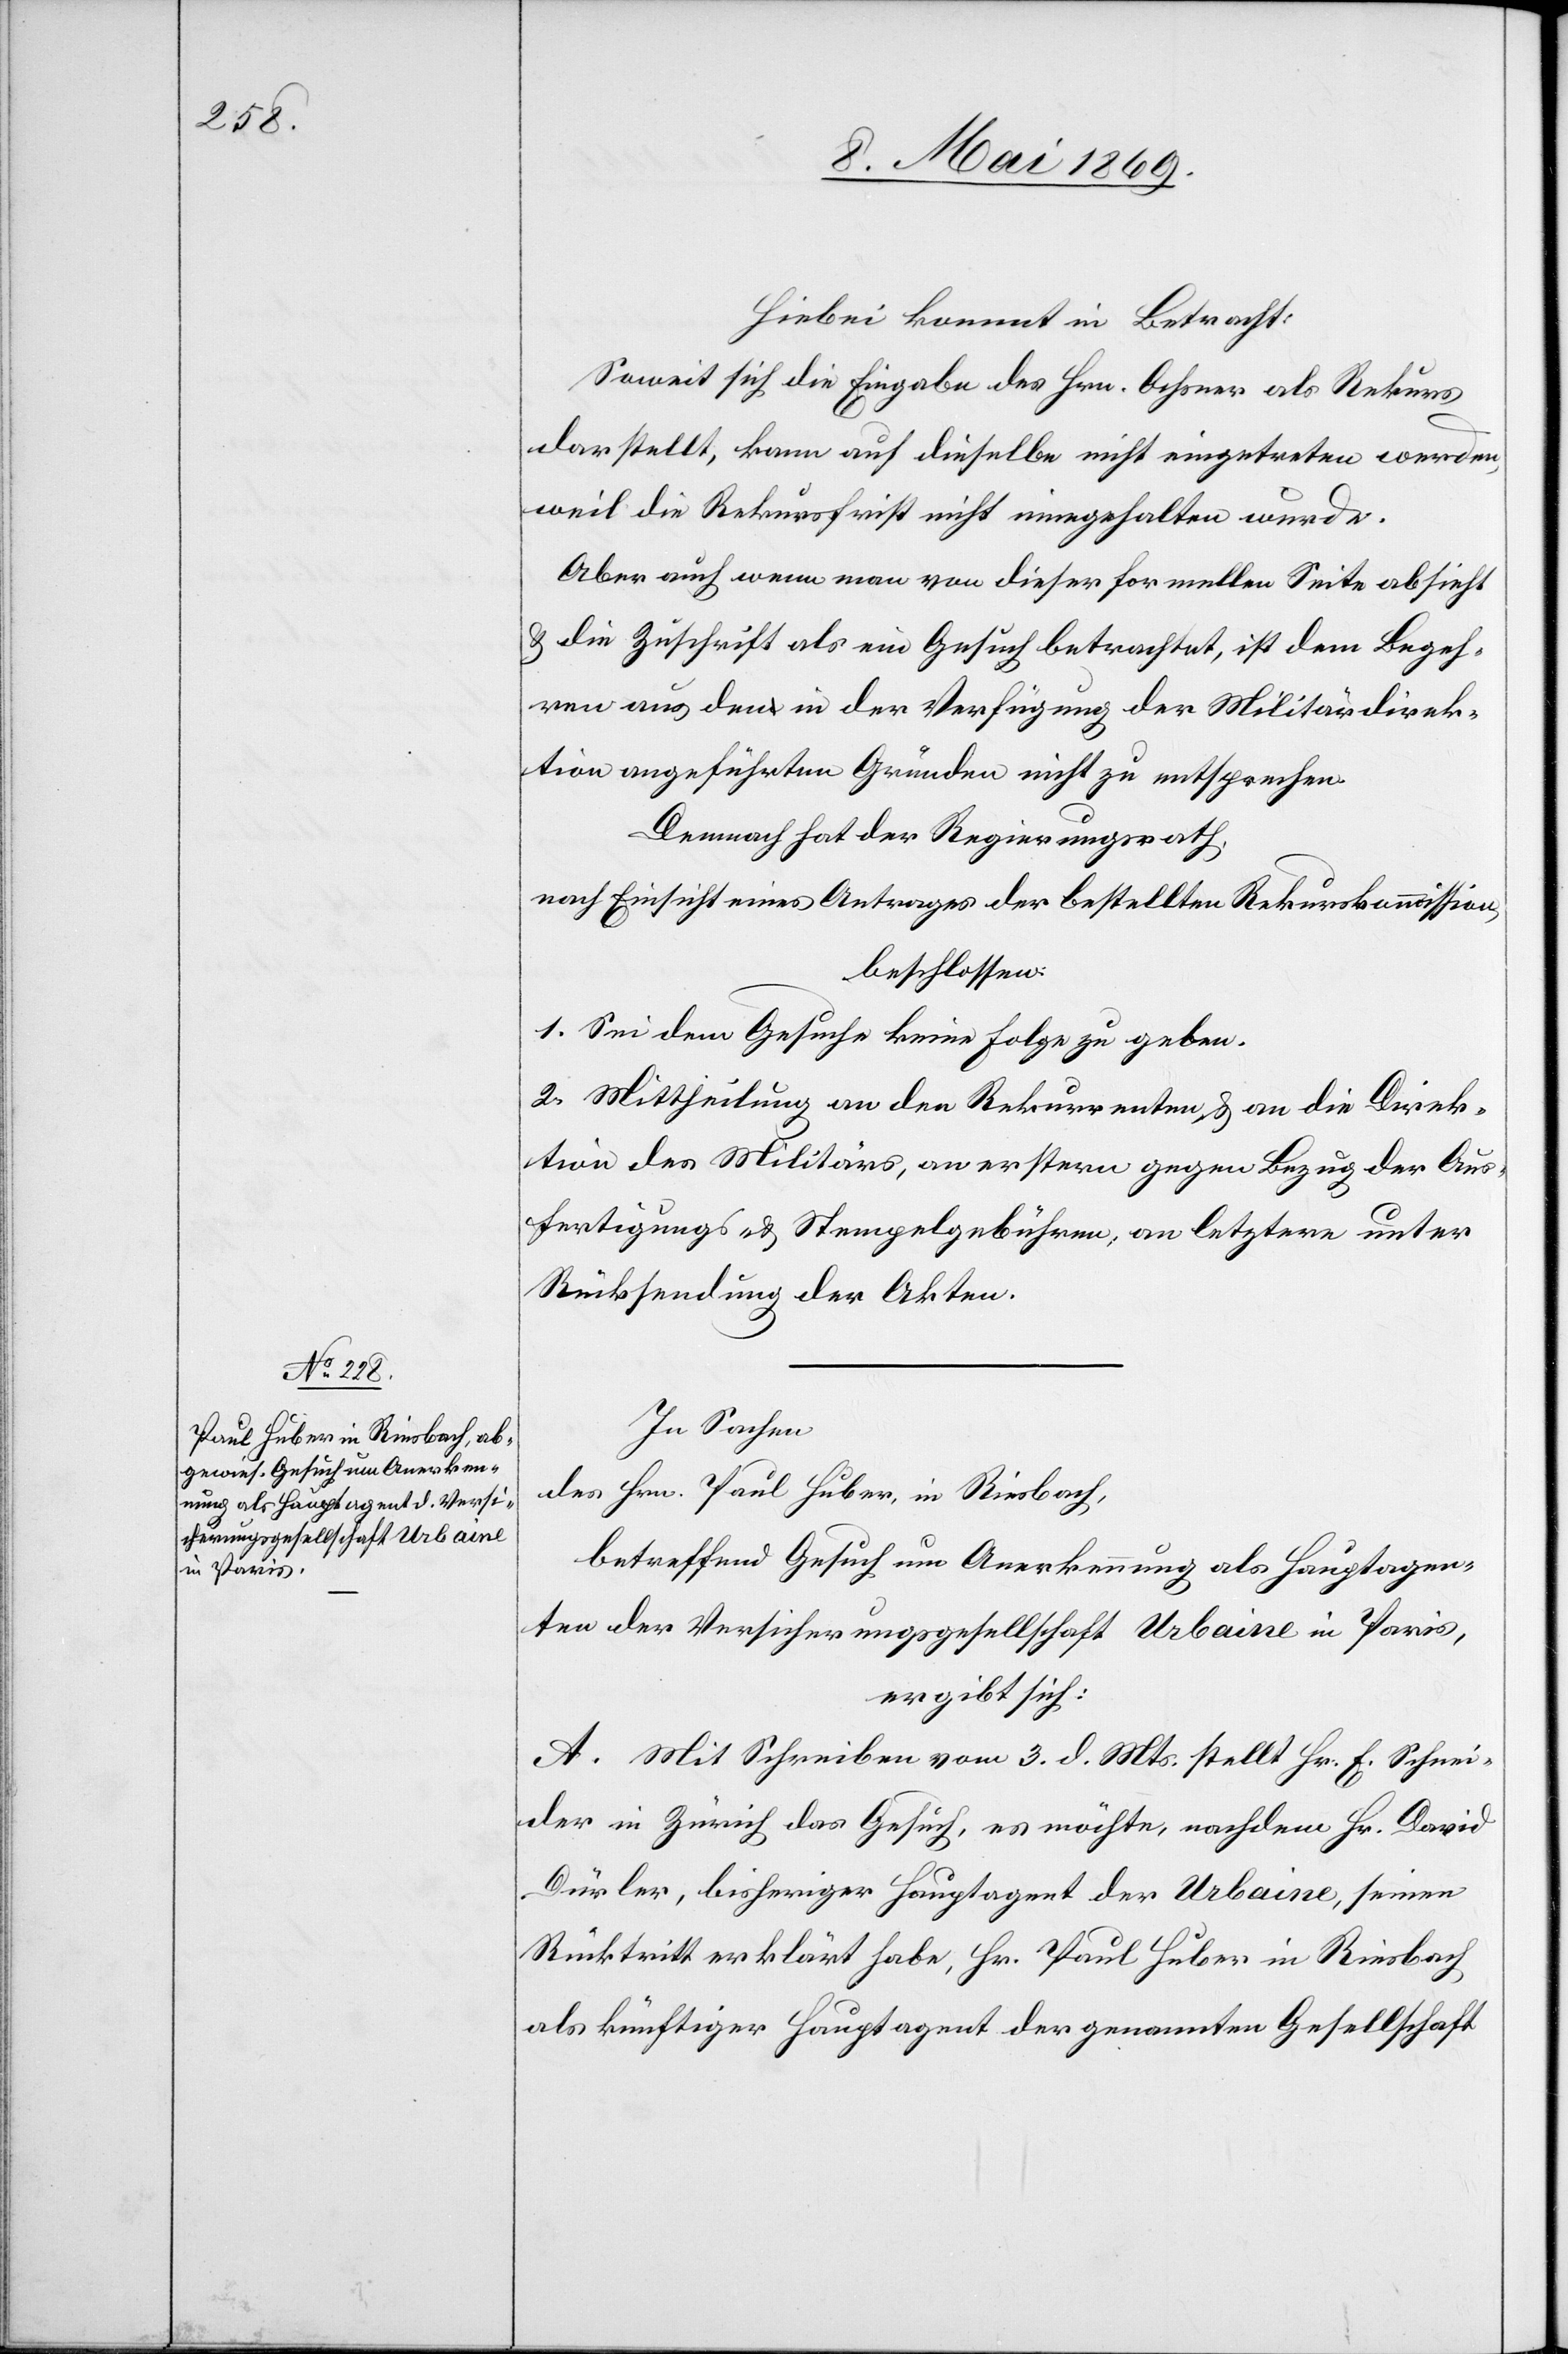
Hiebei kommt in Betracht:
Soweit sich die Eingabe des Hrn. Ochsner als Rekurs
darstellt, kann auf dieselbe nicht eingetreten werden,
weil die Rekursfrist nicht eingehalten wurde.
Aber auch wenn man von dieser formellen Seite absieht
u. die Zuschrift als ein Gesuch betrachtet, ist dem Begeh¬
ren aus den in der Verfügung der Militärdirek¬
tion angeführten Gründen nicht zu entsprechen.
Demnach hat der Regierungsrath,
nach Einsicht eines Antrages der betreffenden Rekurskommission,
beschlossen:
1. Sei dem Gesuche keine Folge zu geben.
2. Mittheilung an den Rekurrenten u. an die Direk¬
tion des Militärs, an erstern gegen Bezug der Aus¬
fertigungs- u. Stempelgebühren, an letztere unter
Rücksendung der Akten.
In Sachen
des Hrn. Paul Huber, in Riesbach,
betreffend Gesuch um Anerkennung als Hauptagen¬
ten der Versicherungsgesellschaft Urbaine in Paris,
ergibt sich:
A. Mit Schreiben vom 3 d. Mts. stellt Hr. E. Schnei¬
der in Zürich das Gesuch, es möchte, nachdem Hr. David
Dürler, bisheriger Hauptagent der Urbaine, seinen
Rücktritt erklärt habe, Hr. Paul Huber in Riesbach
als künftiger Hauptagent der genannten Gesellschaft